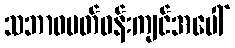
သဘာဝပတ်ဝန်းကျင်အပေါ်